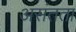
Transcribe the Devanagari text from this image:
असंतता